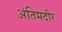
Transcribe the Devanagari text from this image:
अंतिमदौर